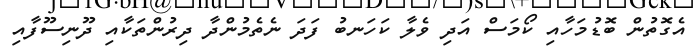
އެގޮތުން ބޮޑުމަހާއި ކޯމަސް އަދި ވެލާ ކަހަނބު ފަދަ ނެތެމުންދާ ދިރުންތަކާއި ދޫނިސޫފާއި